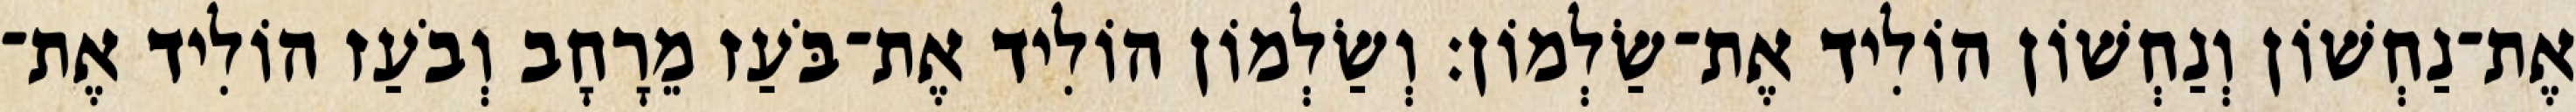
אֶת־נַחְשׁוֹן וְנַחְשׁוֹן הוֹלִיד אֶת־שַׂלְמוֹן׃ וְשַׂלְמוֹן הוֹלִיד אֶת־בֹּעַז מֵרָחָב וְבֹעַז הוֹלִיד אֶת־